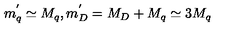
m _ { q } ^ { ' } \simeq M _ { q } , m _ { D } ^ { ' } = M _ { D } + M _ { q } \simeq 3 M _ { q }